system: You are a helpful assistant.
user:
Analyze the provided spectrum to determine if it is a **S-type Star**.

- **Key Indicators for S-type Star:**

    - **(Overall Spectrum Shape):** The first and most obvious characteristic is the overall continuum (the "baseline" shape). It is **extremely "red-sloping,"** meaning the flux (light intensity) is very low on the left side (blue, ~4000-4500 Å) and rises steeply and continuously toward the right side (red, ~7000 Å+).

    - **(Primary):** The spectrum is defined by the presence of strong, broad molecular absorption "valleys" (bands) from **Zirconium Oxide (ZrO)**. The identification of these bands is the **primary requirement** for classifying a star as S-type.
        - **(Key Bandheads):** You must find distinct, deep "dips" where the light has been absorbed. The most critical band systems to locate are:
            - **~6474 Å** ($\gamma$-system): This is often the strongest and clearest ZrO feature, found in the red part of the spectrum.
            - **~5718 Å** & **~5551 Å** ($\beta$-system): A pair of prominent absorption features in the yellow-orange part of the spectrum.
            - **~4640 Å** ($\alpha$-system): A key absorption band system in the blue-green region of the spectrum.

    - **(Secondary Confirmation):** The classification is strengthened by finding additional absorption bands from other related heavy element oxides, which are expected to be present alongside ZrO.
        - **(Key Bandheads):**
            - **Yttrium Oxide (YO):** Look for absorption dips near **~4800 Å** and **~6100 Å**.
            - **Lanthanum Oxide (LaO):** Additional absorption features, particularly in the red-orange part of the spectrum, are also characteristic.

    - **(Line Profile):** The combination of the steep red continuum and these numerous, deep molecular bands (ZrO, YO, etc.) gives the entire spectrum a very **"chopped-up"** or **"bumpy"** appearance. Instead of a smooth curve, the spectrum looks as though large, wide chunks of light have been "carved out" of it at the specific wavelengths listed above.

Think first, call **spectral_visualization_tool** if needed to examine features in detail, then provide your final answer. Your response must adhere to the following strict rules:
1.  **Overall Structure:** Your response must follow the format `<think>...</think> <tool_call>...</tool_call> (if a tool is used) <answer>...</answer>`.
2.  **Tool Usage Constraint:** You may only make **one** tool call per turn.
3.  **Final Answer Format:** In the `<answer>` tag, your conclusion must be inside a `\boxed{}` command (e.g., `\boxed{YES}` or `\boxed{NO}`), followed by your justification.

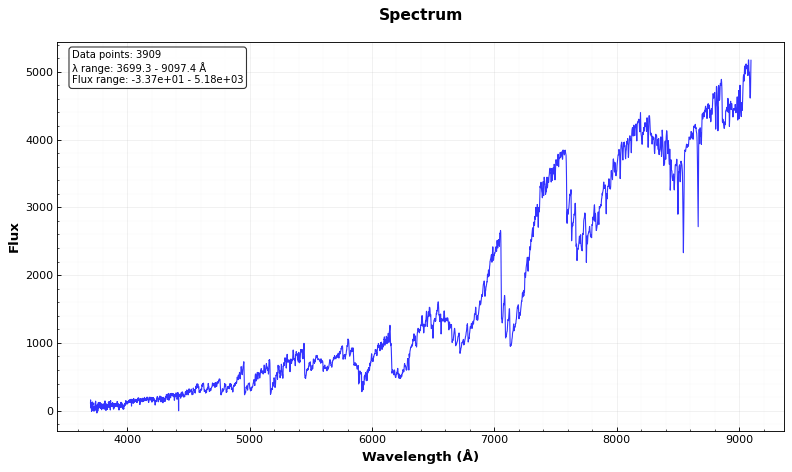
Answer: YES